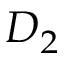
D _ { 2 }